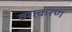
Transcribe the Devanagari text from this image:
व्याकरणं